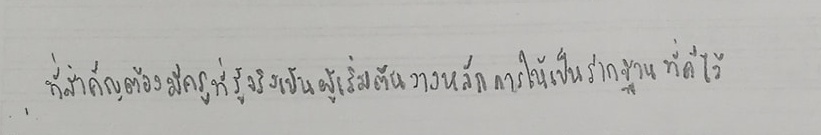
ที่สำคัญคือต้องมีครูที่รู้จริงเป็นผู้เริ่มต้นวางหลักการให้เป็นรากฐานที่ดีไว้